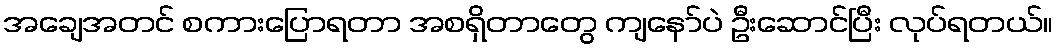
အချေအတင် စကားပြောရတာ အစရှိတာတွေ ကျနော်ပဲ ဦးဆောင်ပြီး လုပ်ရတယ်။